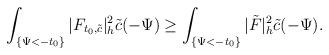
LaTeX: \begin{align*}\int_{ \{\Psi<-t_0\}}|F_{t_0,\tilde{c}}|^2_h\tilde{c}(-\Psi)\ge\int_{ \{\Psi<-t_0\}}|\tilde F|^2_h\tilde{c}(-\Psi).\end{align*}